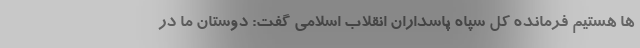
ها هستیم فرمانده کل سپاه پاسداران انقلاب اسلامی گفت: دوستان ما در